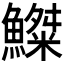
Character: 𩻫